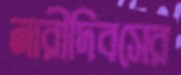
নারীদিবসের